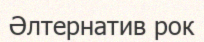
Әлтернатив рок